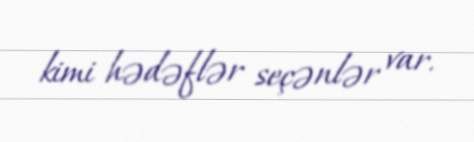
kimi hədəflər seçənlər var.